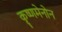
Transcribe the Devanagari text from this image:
कृष्णमेनोन